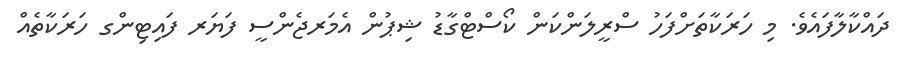
ދައްކާލާފައެވެ. މި ހަރަކާތަށްފަހު ސްރީލަންކަން ކޯސްޓްގާޑު ޝިޕުން އެމަރޖެންސީ ފަޔަރ ފައިޓިންގ ހަރަކާތެއް